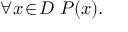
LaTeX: \forall x \! \in \! D \; P ( x ) .